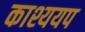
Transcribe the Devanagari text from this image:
काश्ययप